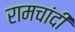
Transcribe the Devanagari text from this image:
रामचांदी